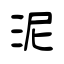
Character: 泥